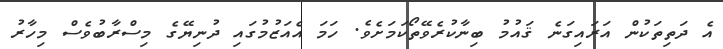
އެ ދަތިތަކުން އަރައިގަނެ ޤައުމު ބިނާކުރެވޭތޯކަމަށެވެ. ހަމަ އެއަޒުމުގައި ދުނިޔޭގެ މިސްރާބުވެސް މިހާރު